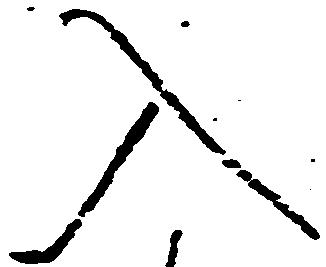
入